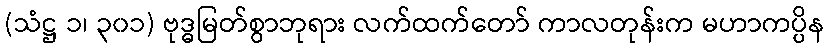
(သံဋ္ဌ ၁၊ ၃၀၁) ဗုဒ္ဓမြတ်စွာဘုရား လက်ထက်တော် ကာလတုန်းက မဟာကပ္ပိန